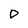
Character: P